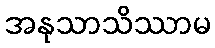
အနုသာသိဿာမ